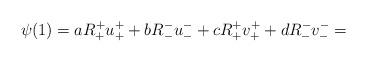
LaTeX: \begin{align*}\psi(1) = a R_{+}^{+} u_{+}^{+} + bR_{-}^{-} u_{-}^{-} + cR_{+}^{+} v_{+}^{+} + dR_{-}^{-} v_{-}^{-} =\end{align*}